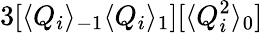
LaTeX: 3[\langle Q_{i}\rangle_{-1}\langle Q_{i}\rangle_{1}][\langle Q_{i}^{2}\rangle_{0}]